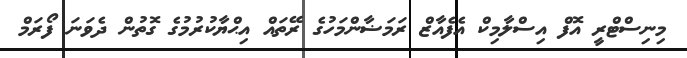
މިނިސްޓްރީ އޮފް އިސްލާމިކް އެފެއާޒް ރަމަޟާންމަހުގެ ރޭތައް އިޙްޔާކުރުމުގެ ގޮތުން ދެވަނަ ފޯރަމް